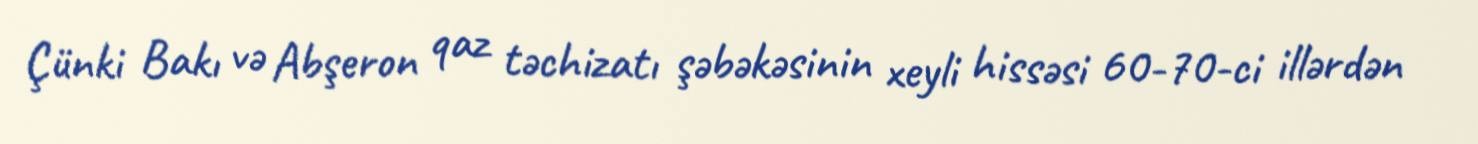
Çünki Bakı və Abşeron qaz təchizatı şəbəkəsinin xeyli hissəsi 60-70-ci illərdən